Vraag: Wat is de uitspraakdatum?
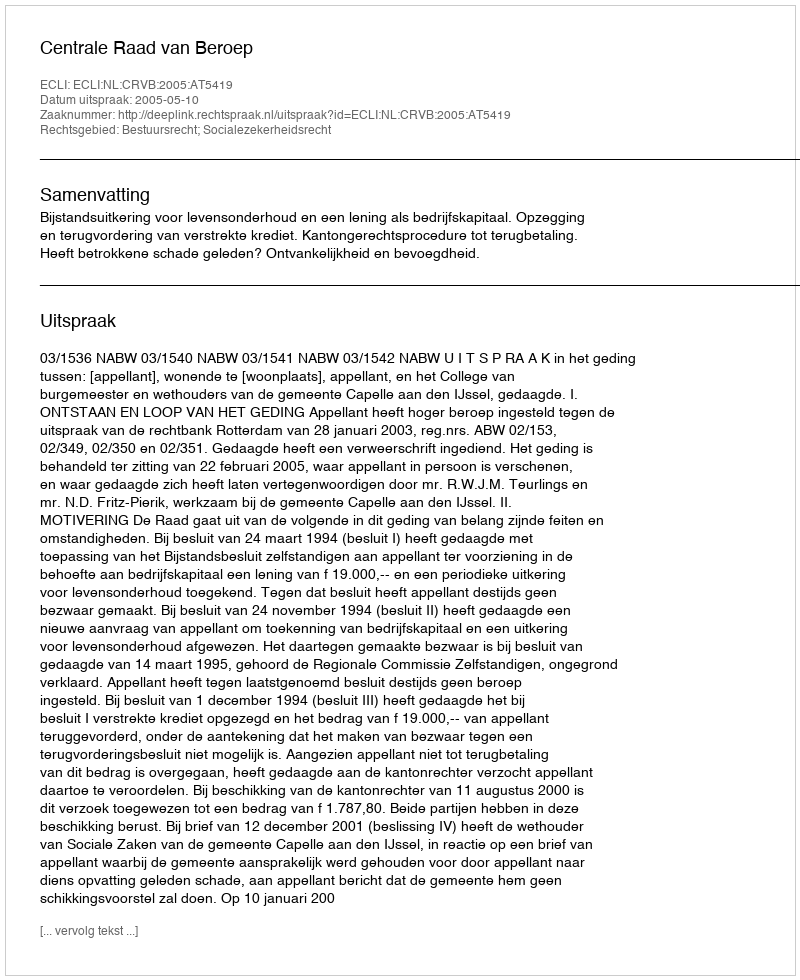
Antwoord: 2005-05-10